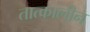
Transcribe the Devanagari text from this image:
तात्‍कालीन